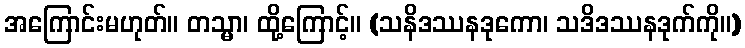
အကြောင်းမဟုတ်။ တသ္မာ၊ ထို့ကြောင့်။ (သနိဒဿနဒုကော၊ သဒိဒဿနဒုက်ကို။)